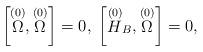
LaTeX: \begin{align*}\left[ \stackrel{(0)}{\Omega },\stackrel{(0)}{\Omega }\right] =0,\;\left[ \stackrel{(0)}{H}_{B},\stackrel{(0)}{\Omega }\right] =0, \end{align*}